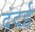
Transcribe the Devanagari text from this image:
दंदई